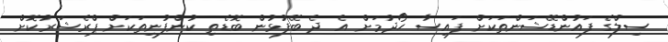
ސިލްގެ ފައުންޑޭޝަންތަކަށް ފައިސާ ހޯދުމަށް އެ ދެ ބޭފުޅުން ބޮޑެތި ކުންފުނިތަކަށް ޕްރެޝަރުކޮށް